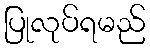
ပြုလုပ်ရမည်